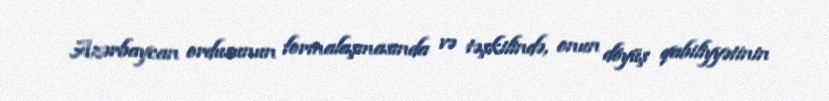
Azərbaycan ordusunun formalaşmasında və təşkilində, onun döyüş qabiliyyətinin